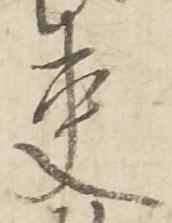
吏